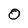
Character: 0